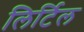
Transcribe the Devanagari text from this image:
लिर्टिल